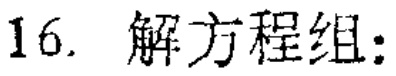
16. 解方程组: